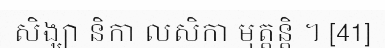
សិង្ឃា និកា លសិកា មុត្តន្តិ ។ [41]